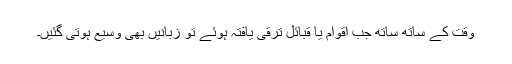
وقت کے ساتھ ساتھ جب اقوام یا قبائل ترقی یافتہ ہوئے تو زبانیں بھی وسیع ہوتی گئیں۔